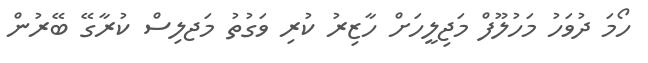
ހޯމަ ދުވަހު މަހުލޫފް މަޖިލީހަށް ހާޒިރު ކުރި ވަގުތު މަޖލިސް ކުރާގޭ ބޭރުން